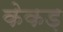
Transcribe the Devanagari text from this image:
केकड़